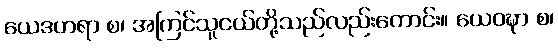
ယေဒဟရာ စ၊ အကြင်သူငယ်တို့သည်လည်းကောင်း။ ယေဝဍ္ဎာ စ၊